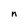
Character: n